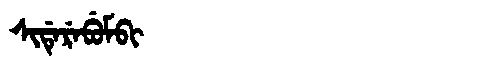
Manchu: ᠰᡳᡩᡝᡵᡝᠪᡠᠮᠪᡳ
Romanization: SIDEREBUMBI